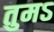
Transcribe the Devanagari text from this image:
तुमऽ